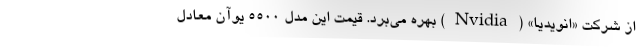
از شرکت «انویدیا» (Nvidia) بهره می‌برد. قیمت این مدل ۵۵۰۰ یوآن معادل